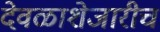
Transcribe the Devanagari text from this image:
देवळाशेजारीच